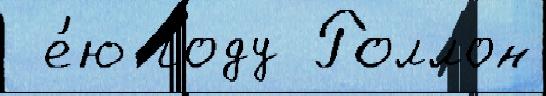
 е́ю году Роллон